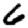
Digit: 6